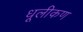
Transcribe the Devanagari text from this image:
धूलीकण